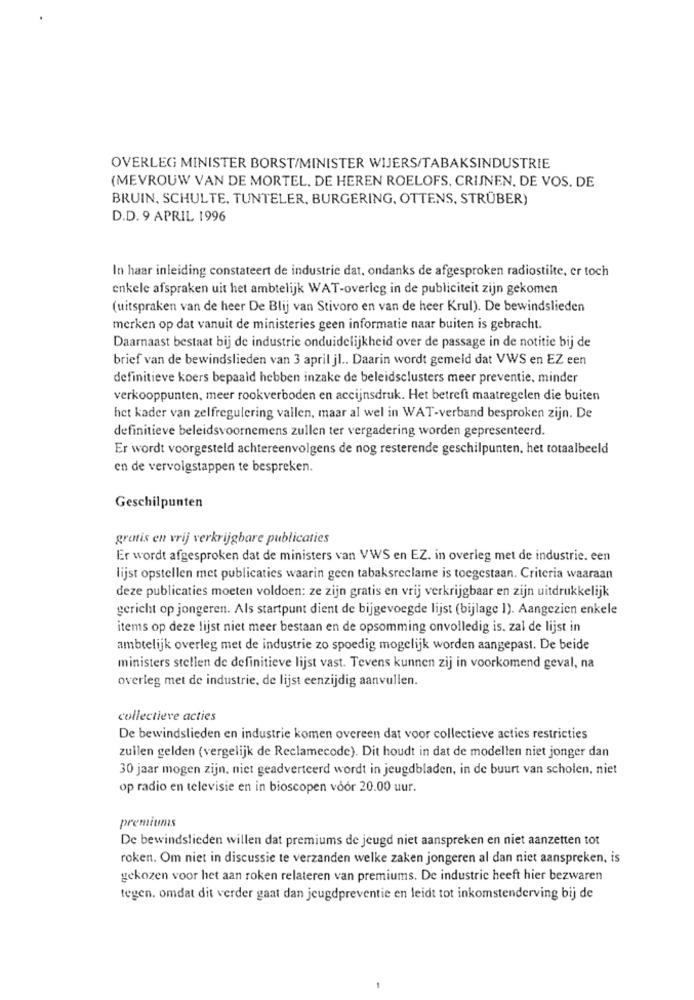
OVERLEG MINISTER BORST/MINISTER WIJERS/TABAKSINDUSTRIE
(MEVROUW VAN DE MORTEL. DE HEREN ROELOFS, CRIJNEN, DE VOS. DE
BRUIN, SCHULTE, TUNTELER, BURGERING, OTTENS, STRÜBER)
D.D. 9 APRIL 1996
In haar inleiding constateert de industrie dat, ondanks de afgesproken radiostilte, er toch
enkele afspraken uit het ambtelijk WAT-overleg in de publiciteit zijn gekomen
(uitspraken van de heer De Blij van Stivoro en van de heer Krul). De bewindslieden
merken op dat vanuit de ministeries geen informatie naar buiten is gebracht.
Daarnaast bestaat bij de industrie onduidelijkheid over de passage in de notitie bij de
brief van de bewindslieden van 3 april jl .. Daarin wordt gemeld dat VWS en EZ een
definitieve koers bepaald hebben inzake de beleidsclusters meer preventie, minder
verkooppunten, meer rookverboden en accijnsdruk. Het betreft maatregelen die buiten
het kader van zelfregulering vallen, maar al wel in WAT-verband besproken zijn. De
definitieve beleidsvoornemens zullen ter vergadering worden gepresenteerd.
Er wordt voorgesteld achtereenvolgens de nog resterende geschilpunten, het totaalbeeld
en de vervolgstappen te bespreken.
Geschilpunten
gratis en vrij verkrijgbare publicaties
Er wordt afgesproken dat de ministers van VWS en EZ. in overleg met de industrie. een
lijst opstellen met publicaties waarin geen tabaksreclame is toegestaan. Criteria waaraan
deze publicaties moeten voldoen: ze zijn gratis en vrij verkrijgbaar en zijn uitdrukkelijk
gericht op jongeren. Als startpunt dient de bijgevoegde lijst (bijlage 1). Aangezien enkele
items op deze lijst niet meer bestaan en de opsomming onvolledig is. zal de lijst in
ambtelijk overleg met de industrie zo spoedig mogelijk worden aangepast. De beide
ministers stellen de definitieve lijst vast. Tevens kunnen zij in voorkomend geval, na
overleg met de industrie, de lijst eenzijdig aanvullen.
collectieve acties
De bewindslieden en industrie komen overeen dat voor collectieve acties restricties
zuilen gelden (vergelijk de Reclamecode). Dit houdt in dat de modellen niet jonger dan
30 jaar mogen zijn. niet geadverteerd wordt in jeugdbladen, in de buurt van scholen, niet
op radio en televisie en in bioscopen voor 20.00 uur.
premiums
De bewindslieden willen dat premiums de jeugd niet aanspreken en niet aanzetten tot
roken. Om niet in discussie te verzanden welke zaken jongeren al dan niet aanspreken, is
gekozen voor het aan roken relateren van premiums. De industrie heeft hier bezwaren
tegen. omdat dit verder gaat dan jeugdpreventie en leidt tot inkomstenderving bij de